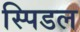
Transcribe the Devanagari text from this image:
स्पिडल